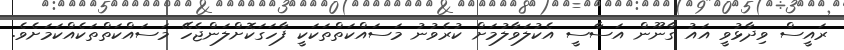
ރައީސް ވިދާޅުވީ އައު ގާނޫން އަސާސީ އެކުލަވާލުމަށް ކުރެވުުނު މަސައްކަތްތަކަކީ ފާހަގަކޮށްލަންޖެހޭ މަސައްކަތްތަކެއްކަމަށެވެ.